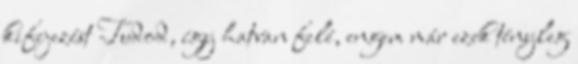
kifejezést Tudod, így hatvan felé, engem már ezek tényleg